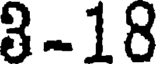
3-18